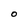
Character: O